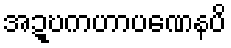
အဍ္ဎကဟာပဏေနပိ